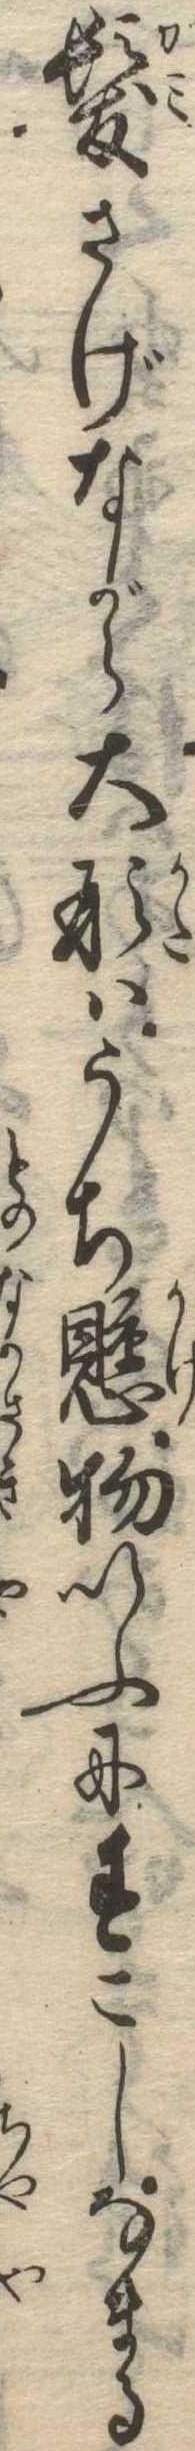
髪さげながら大形はうち懸物いふにすこしなまる